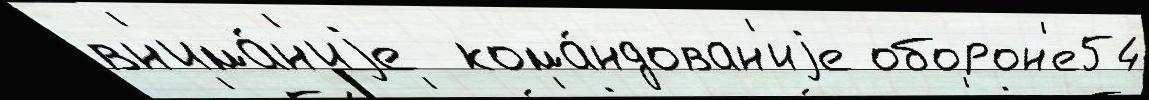
вн'има́н'иjе  кома́ндован'иjе оборон'е54